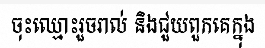
ចុះឈ្មោះរួចរាល់ និងជួយពួកគេក្នុង